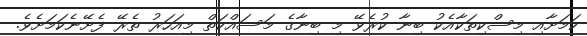
ކަމަށާއި މިސްކިތަކާއެކު ބިނާ ކުރެވޭ މި ބިނާގެ މަސައްކަތް މިއަހަރު ތެރޭ ފެށޭނެކަމަށެވެ.